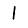
Digit: 1